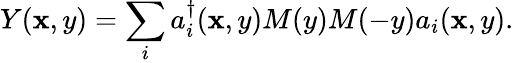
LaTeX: Y(\mathbf{x},y)=\sum_{i}a_{i}^{\dagger}(\mathbf{x},y)M(y)M(-y)a_{i}(\mathbf{x},y).